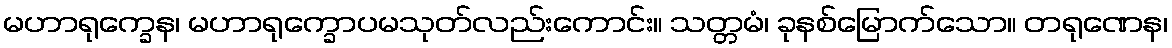
မဟာရုက္ခေန၊ မဟာရုက္ခောပမသုတ်လည်းကောင်း။ သတ္တမံ၊ ခုနစ်မြောက်သော။ တရုဏေန၊